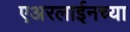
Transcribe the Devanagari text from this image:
एअरलाईनच्या